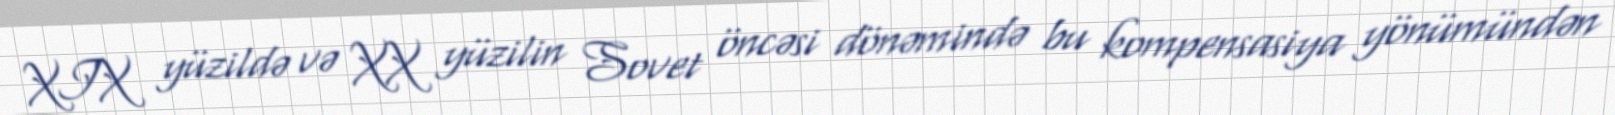
XIX yüzildə və XX yüzilin Sovet öncəsi dönəmində bu kompensasiya yönümündən